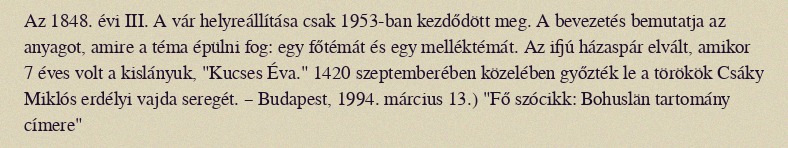
Az 1848. évi III. A vár helyreállítása csak 1953-ban kezdődött meg. A bevezetés bemutatja az anyagot, amire a téma épülni fog: egy főtémát és egy melléktémát. Az ifjú házaspár elvált, amikor 7 éves volt a kislányuk, "Kucses Éva." 1420 szeptemberében közelében győzték le a törökök Csáky Miklós erdélyi vajda seregét. – Budapest, 1994. március 13.) "Fő szócikk: Bohuslän tartomány címere"